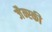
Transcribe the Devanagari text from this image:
जैन्स्की